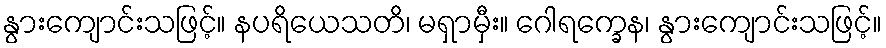
နွားကျောင်းသဖြင့်။ နပရိယေသတိ၊ မရှာမှီး။ ဂေါရက္ခေန၊ နွားကျောင်းသဖြင့်။